Problem: 6 × 3 = ?
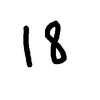
Handwritten answer: 18